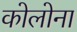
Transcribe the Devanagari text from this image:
कोलोना